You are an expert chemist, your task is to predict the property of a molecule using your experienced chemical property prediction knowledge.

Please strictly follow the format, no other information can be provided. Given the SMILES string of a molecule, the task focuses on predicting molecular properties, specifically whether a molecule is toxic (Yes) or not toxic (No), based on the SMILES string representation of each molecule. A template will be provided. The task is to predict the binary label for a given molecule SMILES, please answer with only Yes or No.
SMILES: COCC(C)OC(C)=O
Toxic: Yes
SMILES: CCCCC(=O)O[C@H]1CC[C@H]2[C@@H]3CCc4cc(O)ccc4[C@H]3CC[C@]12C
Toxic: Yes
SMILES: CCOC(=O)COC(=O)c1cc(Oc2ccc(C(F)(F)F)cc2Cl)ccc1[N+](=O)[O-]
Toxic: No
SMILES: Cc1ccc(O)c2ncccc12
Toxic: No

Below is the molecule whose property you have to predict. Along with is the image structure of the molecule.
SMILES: Nc1ccncc1
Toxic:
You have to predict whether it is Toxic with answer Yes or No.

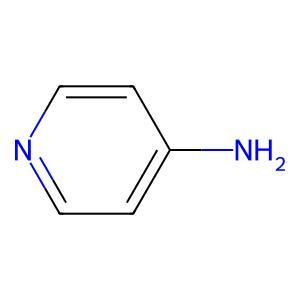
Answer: No